Vaccine operations Central Provinces 1900-1911 - 1900-1911
Year: 1900
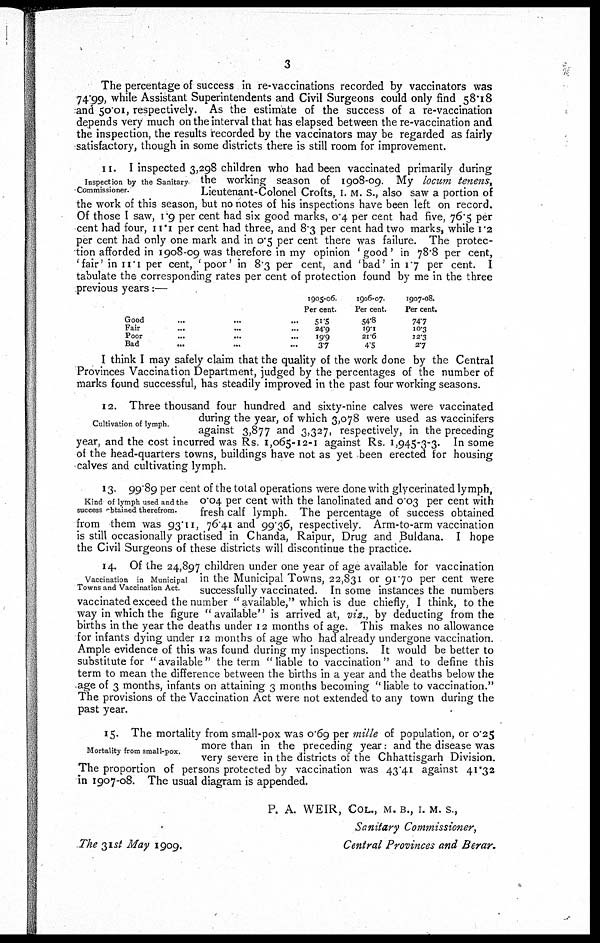
3
The percentage of success in re-vaccinations recorded by vaccinators was
74.99, while Assistant Superintendents and Civil Surgeons could only find 58.18
and 50.01, respectively. As the estimate of the success of a re-vaccination
depends very much on the interval that has elapsed between the re-vaccination and
the inspection, the results recorded by the vaccinators may be regarded as fairly
satisfactory, though in some districts there is still room for improvement.
Inspection by the Sanitary-
Commissioner.
11. I inspected 3,298 children who had been vaccinated primarily during
the working season of 1908-09. My locum tenens,
Lieutenant-Colonel Crofts, I. M. S., also saw a portion of
the work of this season, but no notes of his inspections have been left on record.
Of those I saw, 1.9 per cent had six good marks, 0.4 per cent had five, 76.5 per
cent had four, 11.1 per cent had three, and 8.3 per cent had two marks, while 1.2
per cent had only one mark and in 0.5 per cent there was failure. The protec-
tion afforded in 1908-09 was therefore in my opinion 'good' in 78.8 per cent,
'fair' in 11.1 per cent, 'poor' in 8.3 per cent, and 'bad' in 1.7 per cent. I
tabulate the corresponding rates per cent of protection found by me in the three
previous years:—
Good
Fair
Poor
Bad
1905-06.
Per cent.
51.5
24.9
19.9
37
1906-07.
Per cent.
54.8
19.1
21.6
4S
1907-08.
Per cent.
747
10.3
12.3
27
I think I may safely claim that the quality of the work done by the Central
Provinces Vaccination Department, judged by the percentages of the number of
marks found successful, has steadily improved in the past four working seasons.
Cultivation of lymph.
12. Three thousand four hundred and sixty-nine calves were vaccinated
during the year, of which 3,078 were used as vaccinifers
against 3,877 and 3,327, respectively, in the preceding
year, and the cost incurred was Rs. 1,065-12-1 against Rs. 1,945-3-3. In some
of the head-quarters towns, buildings have not as yet been erected for housing
calves and cultivating lymph.
Kind of lymph used and the
success obtained therefrom.
13. 90.89 per cent of the total operations were done with glycerinated lymph,
0.04 per cent with the lanolinated and 0.03 per cent with
fresh calf lymph. The percentage of success obtained
from them was 93.11, 76.41 and 99.36, respectively. Arm-to-arm vaccination
is still occasionally practised in Chanda, Raipur, Drug and Buldana. I hope
the Civil Surgeons of these districts will discontinue the practice.
Vaccination in Municipal
Towns and Vaccination Act.
14. Of the 24,897 children under one year of age available for vaccination
in the Municipal Towns, 22,831 or 91.70 per cent were
successfully vaccinated. In some instances the numbers
vaccinated exceed the number " available," which is due chiefly, I think, to the
way in which the figure " available" is arrived at, viz., by deducting from the
births in the year the deaths under 12 months of age. This makes no allowance
for infants dying under 12 months of age who had already undergone vaccination.
Ample evidence of this was found during my inspections. It would be better to
substitute for " available" the term " liable to vaccination " and to define this
term to mean the difference between the births in a year and the deaths below the
age of 3 months, infants on attaining 3 months becoming " liable to vaccination."
The provisions of the Vaccination Act were not extended to any town during the
past year.
Mortality from small-pox.
15. The mortality from small-pox was 0.69 per mille of population, or 0.25
more than in the preceding year: and the disease was
very severe in the districts of the Chhattisgarh Division.
The proportion of persons protected by vaccination was 43.41 against 41.32
in 1907-08. The usual diagram is appended.
P. A. WEIR, COL., M. B., I. M. S.,
Sanitary Commissioner,
Central Provinces and Berar.
The 31st May 1909.